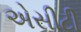
એસીટી